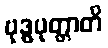
ဗုဒ္ဓပုတ္တာတိ